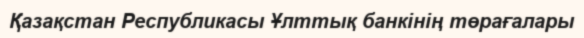
Қазақстан Республикасы Ұлттық банкінің төрағалары